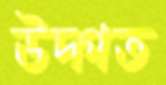
উদ্গত